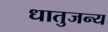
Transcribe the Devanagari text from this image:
धातुजन्य